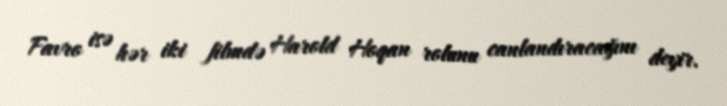
Favro isə hər iki filmdə Harold Hoqan rolunu canlandıracağını deyir.